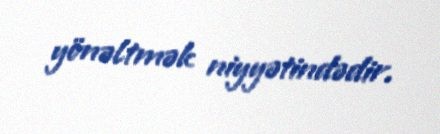
yönəltmək niyyətindədir.